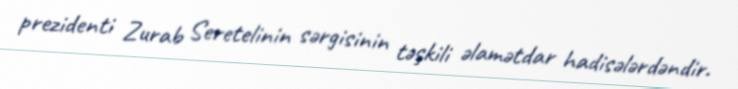
prezidenti Zurab Seretelinin sərgisinin təşkili əlamətdar hadisələrdəndir.